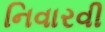
નિવારવી